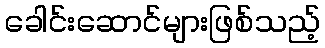
ခေါင်းဆောင်များဖြစ်သည့်